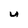
Character: U